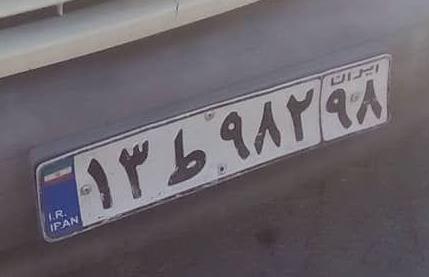
۱۳ط۹۸۲۹۸